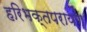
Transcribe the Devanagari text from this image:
हरिभक्तपरायण